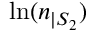
\ln ( n _ { | S _ { 2 } } )